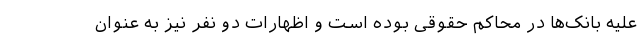
علیه بانک‌ها در محاکم حقوقی بوده است و اظهارات دو نفر نیز به عنوان